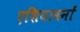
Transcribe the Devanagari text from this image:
एशियावनों